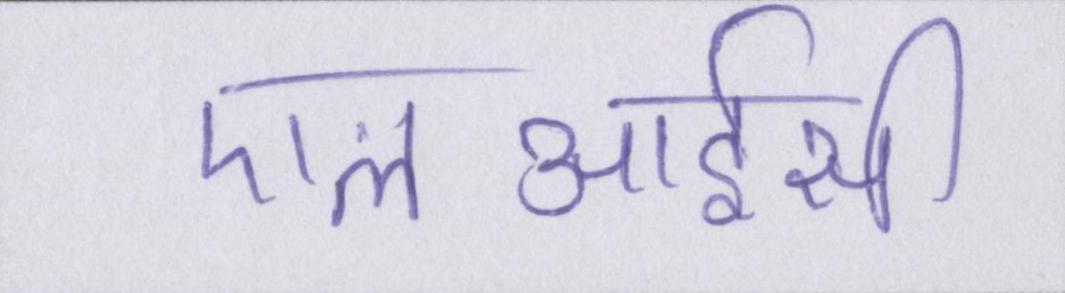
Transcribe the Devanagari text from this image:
एलआईसी